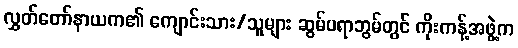
လွှတ်တော်နာယက၏ ကျောင်းသား/သူများ ဆွမ်ပရာဘွမ်တွင် ကိုးကန့်အဖွဲ့က